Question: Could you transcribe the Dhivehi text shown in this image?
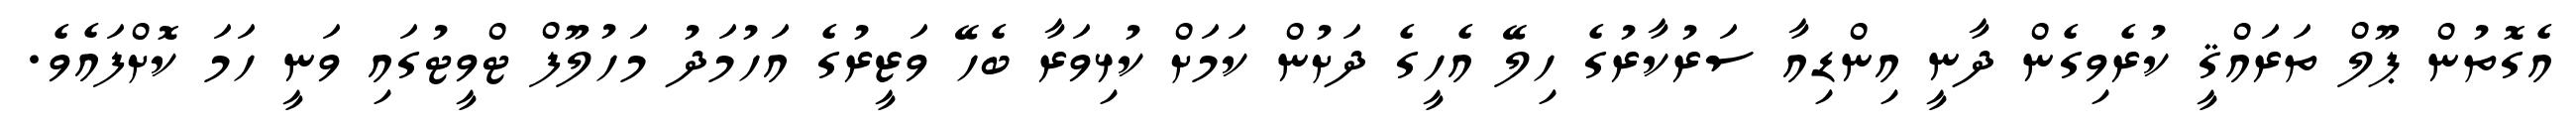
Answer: އެގޮތުން ޕޫލް ތަރައްޤީ ކުރެވިގެން ދާނީ އިންޑިއާ ސަރުކާރުގެ ހިލޭ އެހީގެ ދަށުން ކަމަށް ކުޅިވަރާ ބެހޭ ވަޒީރުގެ އަހުމަދު މަހުލޫފް ޓްވީޓުގައި ވަނީ ހަމަ ކޮށްފައެވެ.